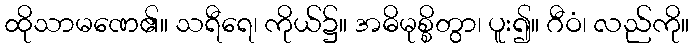
ထိုသာမဏေ၏။ သရီရေ၊ ကိုယ်၌။ အဓိမုစ္စိတွာ၊ ပူး၍။ ဂီဝံ၊ လည်ကို။